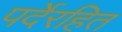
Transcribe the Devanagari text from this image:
पर्देरहित